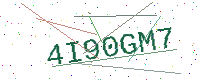
Text: 4I90GM7